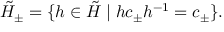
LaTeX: \tilde { H } _ { \pm } = \{ h \in \tilde { H } \mid h c _ { \pm } h ^ { - 1 } = c _ { \pm } \} .